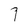
Character: 7